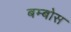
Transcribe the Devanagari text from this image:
बम्बोस